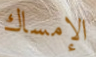
الإمساك